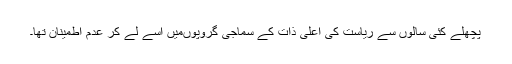
پچھلے کئی سالوں سے ریاست کی اعلیٰ ذات کے سماجی گروپوںمیں اسے لے کر عدم اطمینان تھا۔